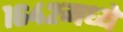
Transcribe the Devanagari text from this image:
१६४२मध्ये